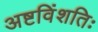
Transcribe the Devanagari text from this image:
अष्टविंशतिः